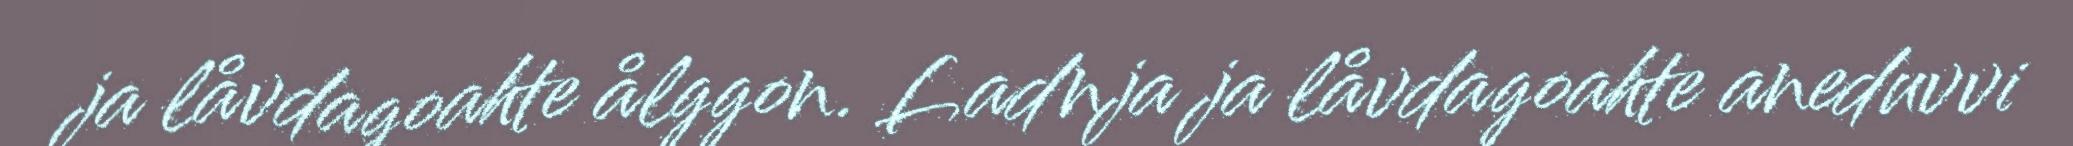
ja låvdagoahte ålggon. Ladnja ja låvdagoahte aneduvvi